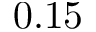
0 . 1 5